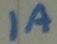
Text: 1A